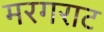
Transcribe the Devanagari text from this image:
मरगराट